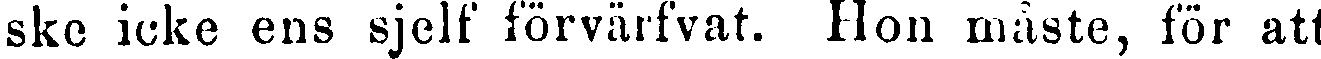
ske icke ens sjelf förvärfvat. Hon måste, för att